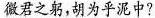
微君之躬，胡为乎泥中?